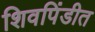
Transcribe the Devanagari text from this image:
शिवपिंडीत